Calcutta medical institutions reports 1892-1900
Year: 1892
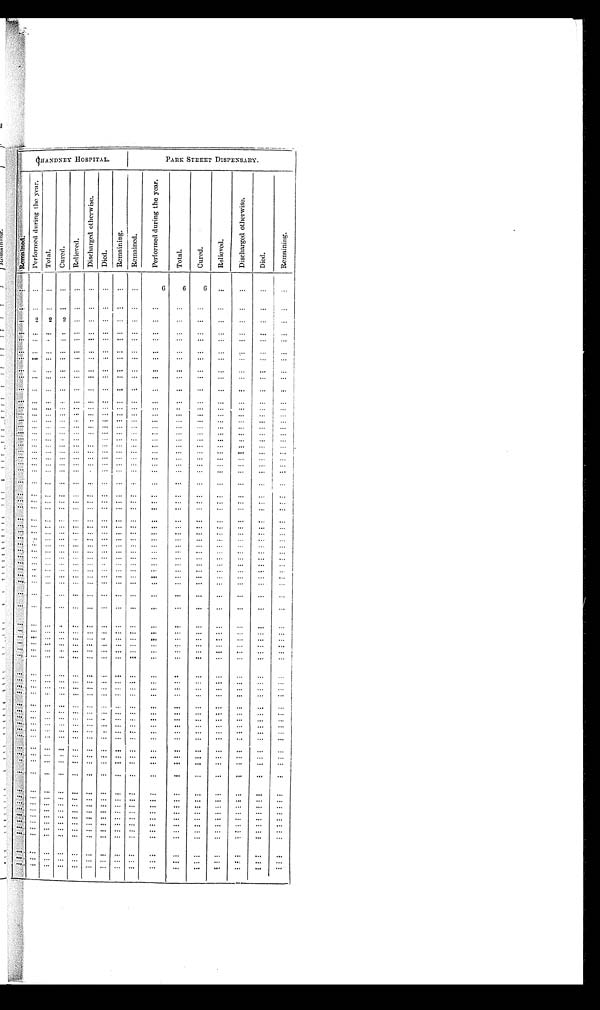
CHANDNEY HOSPITAL.
PARK STREET DISPENSARY.
R e ma i n e d .
P e r f o r m e d d u r i n g t h e y e a r .
T o t a l .
C u r e d .
R e l i e v e d .
D i s c h a r g e d o t h e r w i s e .
D i e d .
R e m a i n i n g .
R e m a i n e d .
P e r f o r m e d d u r i n g t h e y e a r .
T o t a l .
C u r e d .
R e l i e v e d .
D i s c h a r g e d o t h e r w i s e .
D i e d.
R e m a i n i n g .
. . .
. . .
. . .
. . .
. . .
. . .
. . .
. . .
. . .
6
6
6
. . .
. . .
. . . . . .
. . .
. . .
. . .
. . . . . .
. . .
. . .
. . .
. . .
. . .
. . .
. . .
. . .
. . .
. . .
. . .
. . .
2
2
2 . . .
. . .
. . .
. . .
. . .
. . .
. . .
. . .
. . .
. . .
. . .
. . .
. . .
. . .
. . .
. . . . . .
. . .
. . .
. . .
. . .
. . .
. . .
. . .
. . .
. . .
. . . . . .
. . .
. . .
. . .
. . . . . .
. . .
. . .
. . .
. . .
. . .
. . .
. . .
. . .
. . .
. . . . . .
. . .
. . .
. . .
. . . . . .
. . .
. . .
. . .
. . .
. . .
. . . . . .
. . .
. . .
. . . . . .
. . .
. . .
. . .
. . . . . .
. . . . . .
. . .
. . .
. . . . . .
. . .
. . .
. . .
. . .
. . .
. . . . . .
. . .
. . . . . .
. . .
. . .
. . .
. . .
. . .
. . .
. . .
. . .
. . .
. . . . . .
. . .
. . .
. . .
. . . . . .
. . .
. . .
. . .
. . .
. . .
. . .
. . .
. . .
. . .
. . .
. . .
. . .
. . .
. . .
. . . . . .
. . .
. . .
. . .
. . .
. . .
. . .
. . .
. . .
. . .
. . . . . .
. . .
. . .
. . .
. . . . . .
. . .
. . .
. . .
. . .
. . .
. . .
. . .
. . .
. . .
. . . . . .
. . .
. . .
. . .
. . . . . .
. . .
. . .
. . .
. . .
. . .
. . .
. . .
. . .
. . .
. . . . . .
. . .
. . .
. . .
. . . . . .
. . .
. . .
. . .
. . .
. . .
. . .
. . .
. . .
. . .
. . . . . .
. . .
. . .
. . .
. . . . . .
. . .
. . .
. . .
. . .
. . .
. . .
. . .
. . .
. . .
. . .
. . .
. . .
. . .
. . .
. . . . . .
. . .
. . .
. . .
. . .
. . .
. . .
. . .
. . .
. . .
. . .
. . .
. . .
. . .
. . .
. . . . . .
. . .
. . .
. . .
. . .
. . .
. . .
. . .
. . .
. . .
. . .
. . .
. . .
. . .
. . .
. . . . . .
. . .
. . .
. . .
. . .
. . .
. . .
. . .
. . .
. . .
. . . . . .
. . .
. . .
. . .
. . . . . .
. . .
. . .
. . .
. . .
. . .
. . .
. . .
. . .
. . .
. . . . . .
. . .
. . .
. . .
. . . . . .
. . .
. . .
. . .
. . .
. . .
. . .
. . .
. . .
. . .
. . . . . .
. . .
. . .
. . .
. . . . . .
. . .
. . .
. . .
. . .
. . .
. . .
. . .
. . .
. . .
. . . . . .
. . .
. . .
. . .
. . . . . .
. . .
. . .
. . .
. . .
. . .
. . .
. . .
. . .
. . .
. . . . . .
. . .
. . .
. . .
. . . . . .
. . .
. . .
. . .
. . .
. . .
. . .
. . .
. . .
. . .
. . . . . .
. . .
. . .
. . .
. . . . . .
. . .
. . .
. . .
. . .
. . .
. . .
. . .
. . .
. . .
. . .
. . .
. . .
. . .
. . .
. . . . . .
. . .
. . .
. . .
. . .
. . .
. . .
. . .
. . .
. . .
. . .
. . .
. . .
. . .
. . .
. . . . . .
. . .
. . .
. . .
. . .
. . .
. . .
. . .
. . .
. . .
. . .
. . .
. . .
. . .
. . .
. . . . . .
. . .
. . .
. . .
. . .
. . .
. . .
. . .
. . .
. . .
. . .
. . .
. . .
. . .
. . .
. . .
. . .
. . .
. . .
. . .
. . .
. . .
. . .
. . .
. . .
. . .
. . .
. . .
. . .
. . .
. . .
. . . . . .
. . .
. . .
. . .
. . .
. . .
. . .
. . .
. . .
. . .
. . .
. . .
. . .
. . .
. . .
. . . . . .
. . .
. . .
. . .
. . .
. . .
. . .
. . .
. . .
. . .
. . .
. . .
. . .
. . .
. . .
. . . . . .
. . .
. . .
. . .
. . .
. . .
. . .
. . .
. . .
. . .
. . .
. . .
. . .
. . .
. . .
. . . . . .
. . .
. . .
. . .
. . .
. . .
. . .
. . .
. . .
. . .
. . .
. . .
. . .
. . .
. . .
. . . . . .
. . .
. . .
. . .
. . .
. . .
. . .
. . .
. . .
. . .
. . .
. . .
. . .
. . .
. . .
. . . . . .
. . .
. . .
. . .
. . .
. . .
. . .
. . .
. . .
. . .
. . .
. . .
. . .
. . .
. . .
. . . . . .
. . .
. . .
. . .
. . .
. . .
. . .
. . .
. . .
. . .
. . .
. . .
. . .
. . .
. . .
. . . . . .
. . .
. . .
. . .
. . .
. . .
. . .
. . .
. . .
. . .
. . .
. . .
. . .
. . .
. . .
. . . . . .
. . .
. . .
. . .
. . .
. . .
. . .
. . .
. . .
. . .
. . .
. . .
. . .
. . .
. . .
. . . . . .
. . .
. . .
. . .
. . .
. . .
. . .
. . .
. . .
. . .
. . .
. . .
. . .
. . .
. . .
. . . . . .
. . .
. . .
. . .
. . .
. . .
. . .
. . .
. . .
. . .
. . .
. . .
. . .
. . .
. . .
. . . . . .
. . .
. . .
. . .
. . .
. . .
. . .
. . .
. . .
. . .
. . .
. . .
. . .
. . .
. . .
. . .
. . .
. . .
. . .
. . .
. . .
. . .
. . .
. . .
. . .
. . .
. . .
. . .
. . .
. . .
. . .
. . . . . .
. . .
. . .
. . .
. . .
. . .
. . .
. . .
. . .
. . .
. . .
. . .
. . .
. . .
. . .
. . . . . .
. . .
. . .
. . .
. . .
. . .
. . .
. . .
. . .
. . .
. . .
. . .
. . .
. . .
. . .
. . . . . .
. . .
. . .
. . .
. . .
. . .
. . .
. . .
. . .
. . .
. . .
. . .
. . .
. . .
. . .
. . . . . .
. . .
. . .
. . .
. . .
. . .
. . .
. . .
. . .
. . .
. . .
. . .
. . .
. . .
. . .
. . .. . .
. . .
. . .
. . .
. . .. . .
. . .
. . .
. . .
. . .
. . .
. . .
. . .
. . .
. . .
. . .. . .
. . .
. . .
. . .
. . .
. . .
. . .
. . .
. . .
. . .
. . .
. . .
. . .
. . .
. . .
. . . . . .
. . .
. . .
. . .
. . .
. . .
. . .
. . .
. . .
. . .
. . .
. . .
. . .
. . .
. . .
. . .. . .
. . .
. . .
. . .
. . .
. . .
. . .
. . .
. . .
. . .
. . .
. . .
. . .
. . .
. . .
. . .. . .
. . .
. . .
. . .
. . .
. . .
. . .
. . .
. . .
. . .
. . .
. . .
. . . . . .
. . .
. . . . . .
. . .
. . .
. . .
. . .
. . .
. . .
. . .
. . .
. . .
. . .
. . .
. . .
. . .
. . .
. . .. . .
. . .
. . .
. . .
. . .
. . .
. . .
. . .
. . .
. . .
. . .
. . .
. . .
. . .
. . .
. . . . . .
. . .
. . .
. . .
. . .
. . .
. . .
. . .
. . .
. . .
. . .
. . .
. . .
. . .
. . .
. . .. ..
. . .
. . .
. . .
. . .
. . .
. . .
. . .
. . .
. . .
. . .
. . .
. . .
. . .
. . .
. . .. . .
. . .
. . .
. . .
. . .
. . .
. . .
. . .
. . .
. . .
. . .
. . .
. . .
. . .
. . .
. . .. . .
. . .
. . .
. . .
. . .
. . .
. . .
. . .
. . .
. . .
. . .
. . .
. . .
. . .
. . .
. . .. . .
. . .
. . .
. . .
. . .
. . .
. . .
. . .
. . .
. . .
. . .
. . .
. . .
. . .
. . .
. . .. . .
. . .
. . .
. . .
. . .
. . .
. . .
. . .
. . .
. . .
. . .
. . .
. . .
. . .
. . .
. . .. . .
. . .
. . .
. . .
. . .
. . .
. . .
. . .
. . .
. . .
. . .
. . .
. . .
. . .
. . .
. . .. . .
. . .
. . .
. . .
. . .
. . .
. . .
. . .
. . .
. . .
. . .
. . .
. . .
. . .
. . .
. . .. . .
. . .
. . .
. . .
. . .
. . .
. . .
. . .
. . .
. . .
. . .
. . .
. . .
. . .
. . .
. . .. . .
. . .
. . .
. . .
. . .
. . .
. . .
. . .
. . .
. . .
. . .
. . .
. . .
. . .
. . .
. . .. . .
. . .
. . .
. . .
. . .
. . .
. . .
. . .
. . .
. . .
. . .
. . .
. . .
. . .
. . .
. . .. . .
. . .
. . .
. . .
. . .
. . .
. . .
. . .
. . .
. . .
. . .
. . .
. . .
. . .
. . .
. . .. ..
. . .
. . .
. . .
. . .
. . .
. . .
. . .
. . .
. . .
. . .
. . .
. . .
. . .
. . .
. . .. . .
. . .
. . .
. . .
. . .
. . .
. . .
. . .
. . .
. . .
. . .
. . .
. . .
. . .
. . .
. . .. . .
. . .
. . .
. . .
. . .
. . .
. . .
. . .
. . .
. . .
. . .
. . .
. . .
. . .
. . .
. . .. . .
. . .
. . .
. . .
. . .
. . .
. . .
. . .
. . .
. . .
. . .
. . .
. . .
. . .
. . .
. . .
. . .
. . .
. . .
. . .
. . .
. . .
. . .
. . .
. . .
. . .
. . .
. . .
. . .
. . .
. . .
. . .. . .
. . .
. . .
. . .
. . .
. . .
. . .
. . .
. . .
. . .
. . .
. . .
. . .
. . .
. . .
. . .. . .
. . .
. . .
. . .. . . . . .
. . .
. . .
. . .
. . .
. . .
. . .